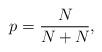
\begin{align*}p_{} = \frac{N_{}}{N_{} + N_{}},\end{align*}